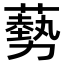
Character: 𫉥